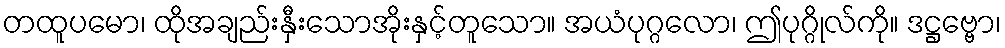
တထူပမော၊ ထိုအချည်းနှီးသောအိုးနှင့်တူသော။ အယံပုဂ္ဂလော၊ ဤပုဂ္ဂိုလ်ကို။ ဒဋ္ဌဗ္ဗော၊